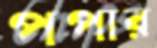
পপার